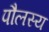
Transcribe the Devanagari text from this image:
पौलस्य